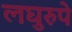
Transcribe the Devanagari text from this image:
लघुरुपे